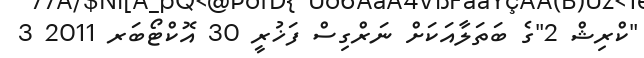
"ކްރިޝް 2"ގެ ބަތަލާއަކަށް ނަރްގިސް ފަޚުރީ 30 އޮކްޓޯބަރ 2011 3